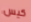
كيس